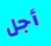
أجل